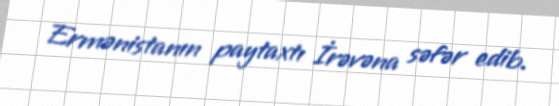
Ermənistanın paytaxtı İrəvəna səfər edib.